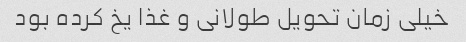
خیلی زمان تحویل طولانی و غذا یخ کرده بود